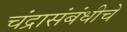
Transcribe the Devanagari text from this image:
चंद्रासंबंधीचे